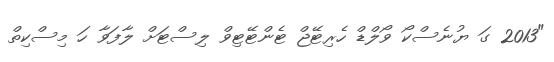
"2013 ގަ ޔުނެސްކޯ ވޯލްޑް ހެރިޓޭޖް ޓެންޓޭޓިވް ލިސްޓަށް ލާފަވާ ހަ މިސްކިތް